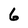
Character: 6